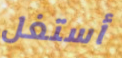
أستغل